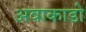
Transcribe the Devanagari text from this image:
अवाकाडो